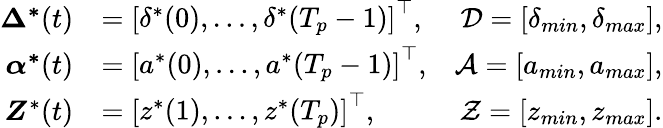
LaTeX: \begin{array}{rlr}{\boldsymbol{\Delta^{\ast}}(t)}&{=\left[\begin{array}{l}{\delta^{\ast}(0),\ldots,\delta^{\ast}(T_{p}-1)}\end{array}\right]^{\top},}&{\mathcal{D}=[\delta_{min},\delta_{max}],}\\ {\boldsymbol{\alpha^{\ast}}(t)}&{=\left[\begin{array}{l}{a^{\ast}(0),\ldots,a^{\ast}(T_{p}-1)}\end{array}\right]^{\top},}&{\mathcal{A}=[a_{min},a_{max}],}\\ {\boldsymbol{Z}^{\ast}(t)}&{=\left[\begin{array}{l}{z^{\ast}(1),\ldots,z^{\ast}(T_{p})}\end{array}\right]^{\top},}&{\mathcal{Z}=[z_{min},z_{max}].}\end{array}